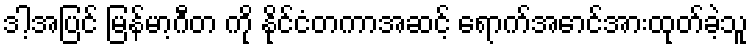
ဒါ့အပြင် မြန်မာ့ဂီတ ကို နိုင်ငံတကာအဆင့် ရောက်အောင်အားထုတ်ခဲ့သူ